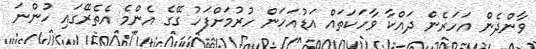
ވާންދެން އަހަރެން ދައްކާ ވާހަކަތައް އަޑުއަހަން ހުރުމަށްފަހު ގޭގެ އެންމެ އެތެރޭގައި ހުންނަ